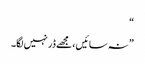
“
” نہ سائیں، مجھے ڈر نہیں لگا۔